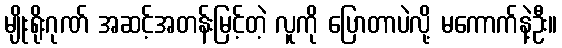
မျိုးရိုးဂုဏ် အဆင့်အတန်းမြင့်တဲ့ လူကို ပြောတာပဲလို့ မကောက်နဲ့ဦး။